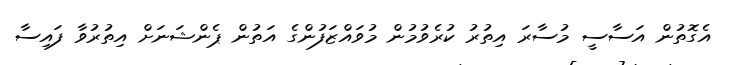
އެގޮތުން އަސާސީ މުސާރަ އިތުރު ކުރެވުމުން މުވައްޒަފުންގެ އަތުން ޕެންޝަނަށް އިތުރުވާ ފައިސާ